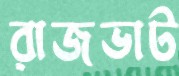
রাজভাট